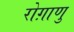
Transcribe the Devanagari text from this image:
रोग़ाणु